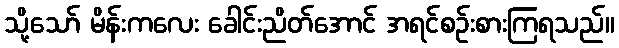
သို့သော် မိန်းကလေး ခေါင်းညိတ်အောင် အရင်စဉ်းစားကြရသည်။